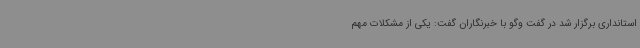
استانداری برگزار شد در گفت وگو با خبرنگاران گفت: یکی از مشکلات مهم